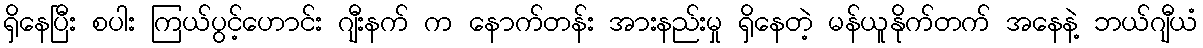
ရှိနေပြီး စပါး ကြယ်ပွင့်ဟောင်း ဂျီးနက် က နောက်တန်း အားနည်းမှု ရှိနေတဲ့ မန်ယူနိုက်တက် အနေနဲ့ ဘယ်ဂျီယံ